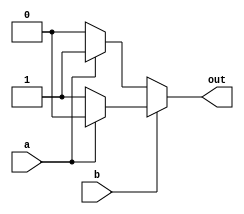
// brute force implementation of xor

module xor_1bit(out,a,b);

input a ,b ;
output reg out;

always @(a or b ) 
begin
	
    out=1'b0;
	
	if (a == 1'b1) 
	begin
		if(b == 1'b0)
			out = 1'b1;

		else
			out = 1'b0;
	end
	if (b == 1'b1) 
	begin
		if(a == 1'b0)
			out = 1'b1;

		else
			out = 1'b0;
	end

end

endmodule